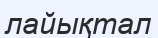
лайықтал